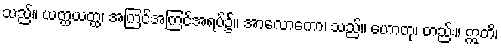
သည်။ ယတ္ထယတ္ထ၊ အကြင်အကြင်အရပ်၌။ အာလောကော၊ သည်။ ဟောတု၊ တည်း။ ဣတိ၊